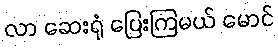
လာ ဆေးရုံ ပြေးကြမယ် မောင်